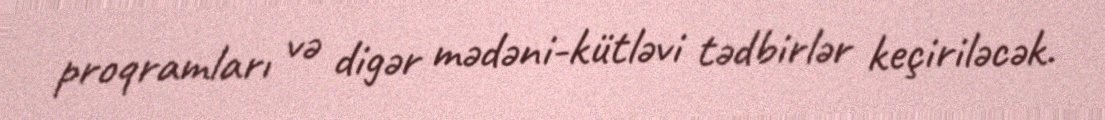
proqramları və digər mədəni-kütləvi tədbirlər keçiriləcək.